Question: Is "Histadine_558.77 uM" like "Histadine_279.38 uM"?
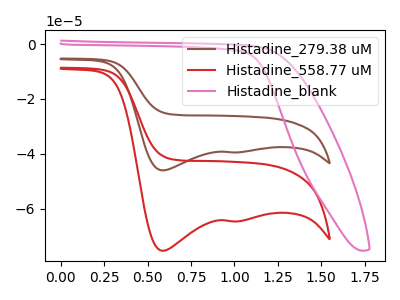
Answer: <think>The brown curve "Histadine_279.38 uM" has cathodic peaks at (0.60V, -46.05uA) (1.00V, -39.50uA). The red curve "Histadine_558.77 uM" has cathodic peaks at (0.60V, -75.35uA) (1.00V, -64.65uA). The pink curve "Histadine_blank" has no peaks.
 All the peaks in "Histadine_558.77 uM" have a peak in "Histadine_279.38 uM" at the same potential. Every peak in "Histadine_558.77 uM" is higher than every peak in "Histadine_279.38 uM".</think>
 <answer>"Histadine_558.77 uM" and "Histadine_279.38 uM" are similar in shape.</answer>
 <eval>same_shape</eval>